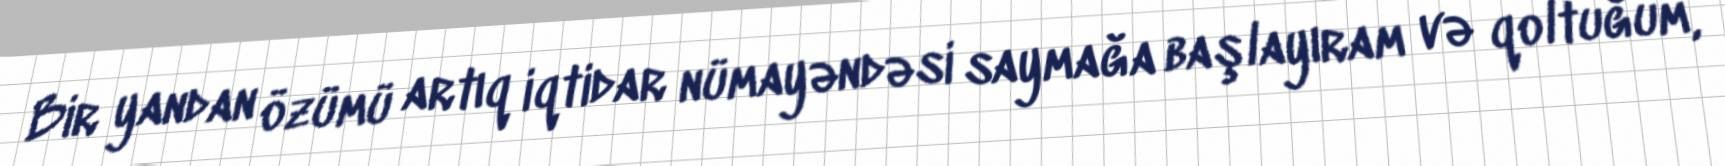
Bir yandan özümü artıq iqtidar nümayəndəsi saymağa başlayıram və qoltuğum,